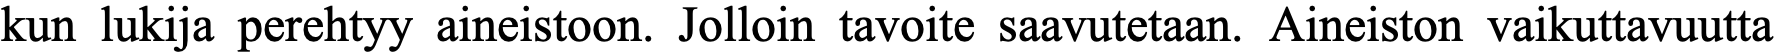
kun lukija perehtyy aineistoon. Jolloin tavoite saavutetaan. Aineiston vaikuttavuutta